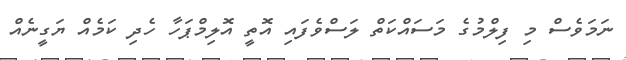
ނަމަވެސް މި ފިލްމުގެ މަސައްކަތް ލަސްވެފައި އޮތީ އޮލިމްޕަހާ ހެދި ކަމެއް ޔަގީނެއް